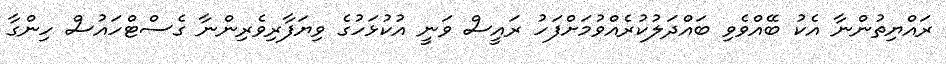
ރައްޔިތުންނާ އެކު ބޭއްވެވި ބައްދަލުކުރެއްވުމަށްފަހު ރައީސް ވަނީ އުކުޅަހުގެ ވިޔަފާރިވެރިންނާ ގެސްޓްހައުސް ހިންގާ